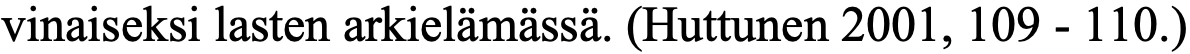
vinaiseksi lasten arkielämässä. (Huttunen 2001, 109 - 110.)